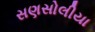
સણસોલીયા